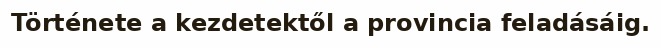
Története a kezdetektől a provincia feladásáig.